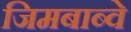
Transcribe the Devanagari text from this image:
जिमबाब्वे